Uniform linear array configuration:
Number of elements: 24
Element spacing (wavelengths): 0.75
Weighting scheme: cosine
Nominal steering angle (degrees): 60
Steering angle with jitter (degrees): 58.918
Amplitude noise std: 0.05
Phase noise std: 0.05

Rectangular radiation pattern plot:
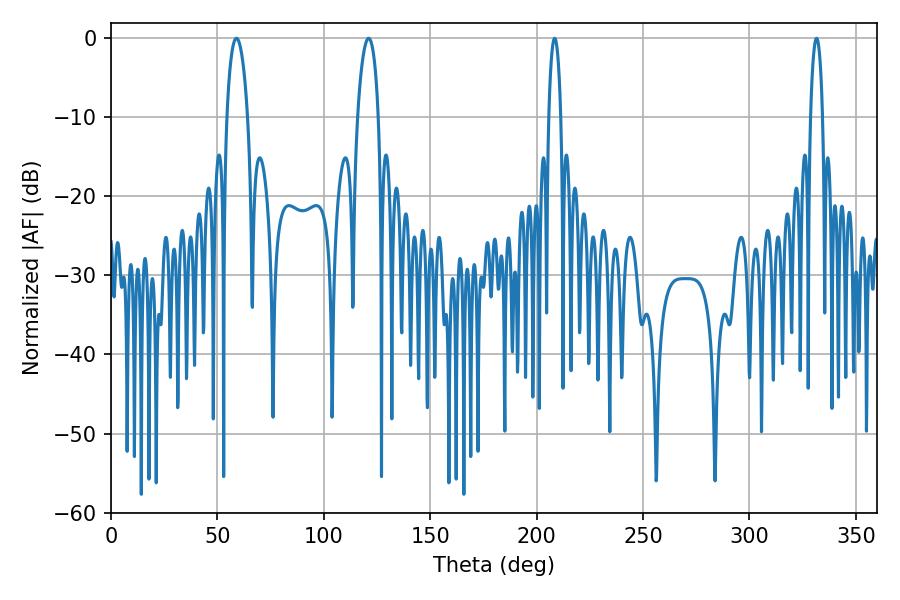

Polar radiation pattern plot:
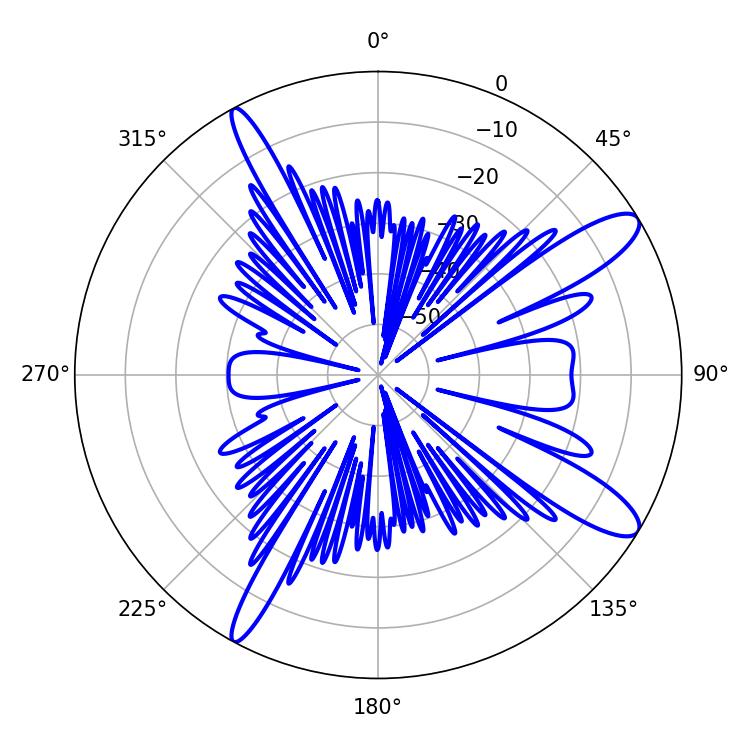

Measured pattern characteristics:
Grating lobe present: TRUE
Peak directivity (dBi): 12.024
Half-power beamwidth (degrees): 3.24
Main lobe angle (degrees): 208.44